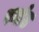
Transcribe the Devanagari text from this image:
पर्घाट